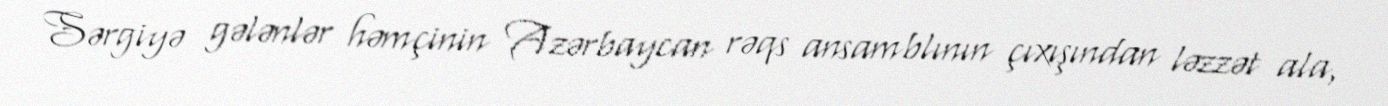
Sərgiyə gələnlər həmçinin Azərbaycan rəqs ansamblının çıxışından ləzzət ala,